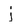
Character: j